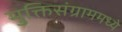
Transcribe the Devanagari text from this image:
मुक्तिसंग्राममध्ये